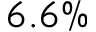
6 . 6 \%